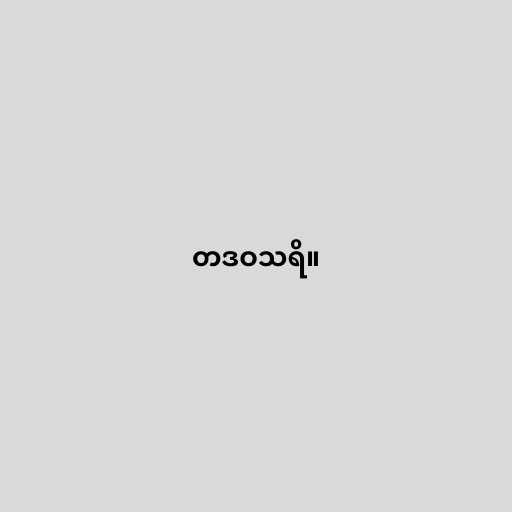
တဒဝသရိ။